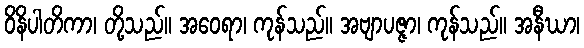
ဝိနိပါတိကာ၊ တို့သည်။ အဝေရာ၊ ကုန်သည်။ အဗျာပဇ္ဇာ၊ ကုန်သည်။ အနီဃာ၊